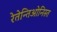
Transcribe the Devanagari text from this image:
रेतेन्तिओनिस्त